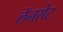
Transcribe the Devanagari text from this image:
लॅनसेट